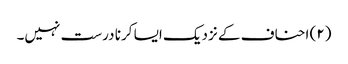
(۲) احناف کے نزدیک ایسا کرنا درست نہیں۔